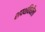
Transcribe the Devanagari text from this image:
शपथविधीला